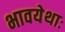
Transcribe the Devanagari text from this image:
भावयेथाः